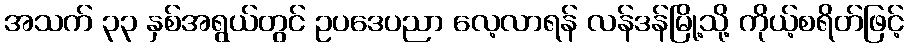
အသက် ၃၃ နှစ်အရွယ်တွင် ဥပဒေပညာ လေ့လာရန် လန်ဒန်မြို့သို့ ကိုယ့်စရိတ်ဖြင့်